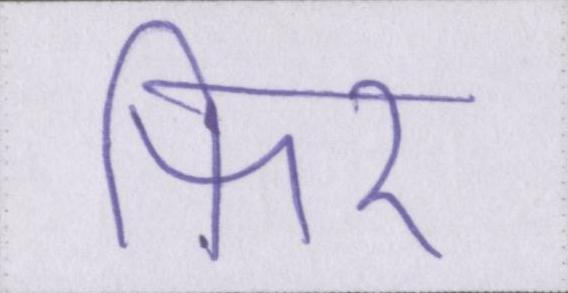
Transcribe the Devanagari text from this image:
फिर